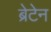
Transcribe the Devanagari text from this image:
ब्रेटेन